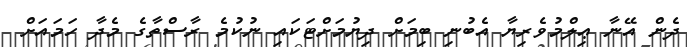
ދެން އޭނާ ޢިލްމުވެރިޔާ އެބުނި ބިމަށް ދިޔުމަށްޓަކައި ނުކުމެ ރާސްތާގެ މެދާ ހަމައަށް